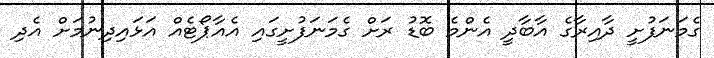
ގެމަނަފުށީ ދާއިރާގެ އާބާދީ އެންމެ ބޮޑު ރަށް ގެމަނަފުށީގައި އެއާޕޯޓެއް އަޅައިދިނުމަށް އެދި